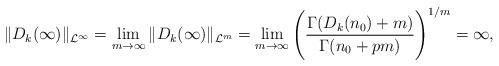
LaTeX: \begin{align*} \|D_k(\infty)\|_{\mathcal L^\infty} &= \lim_{m\to\infty}\|D_k(\infty)\|_{\mathcal L^m} = \lim_{m\to\infty}\Bigg(\frac{\Gamma(D_k(n_0)+m)}{\Gamma(n_0+pm)}\Bigg)^{1/m} = \infty, \end{align*}